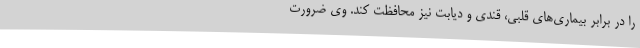
را در برابر بیماری‌های قلبی، قندی و دیابت نیز محافظت کند. وی ضرورت